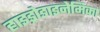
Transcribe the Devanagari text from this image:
हाइड्रोडाइनेमिका